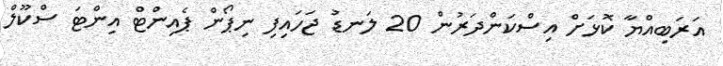
އަރަބިއްޔާ ކޮޅަށް އިސްކަންދަރުން 20 ލަނޑު ޖަހައިފި ނިޕޯން ޕެއިންޓް އިންޓަ ސްކޫލް